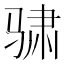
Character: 骕